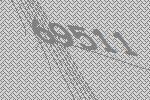
69511